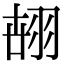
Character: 𦐫